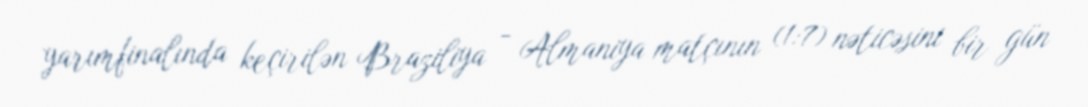
yarımfinalında keçirilən Braziliya - Almaniya matçının (1:7) nəticəsini bir gün